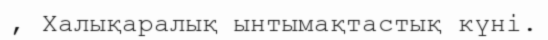
, Халықаралық ынтымақтастық күні.